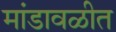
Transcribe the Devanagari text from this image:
मांडावळीत